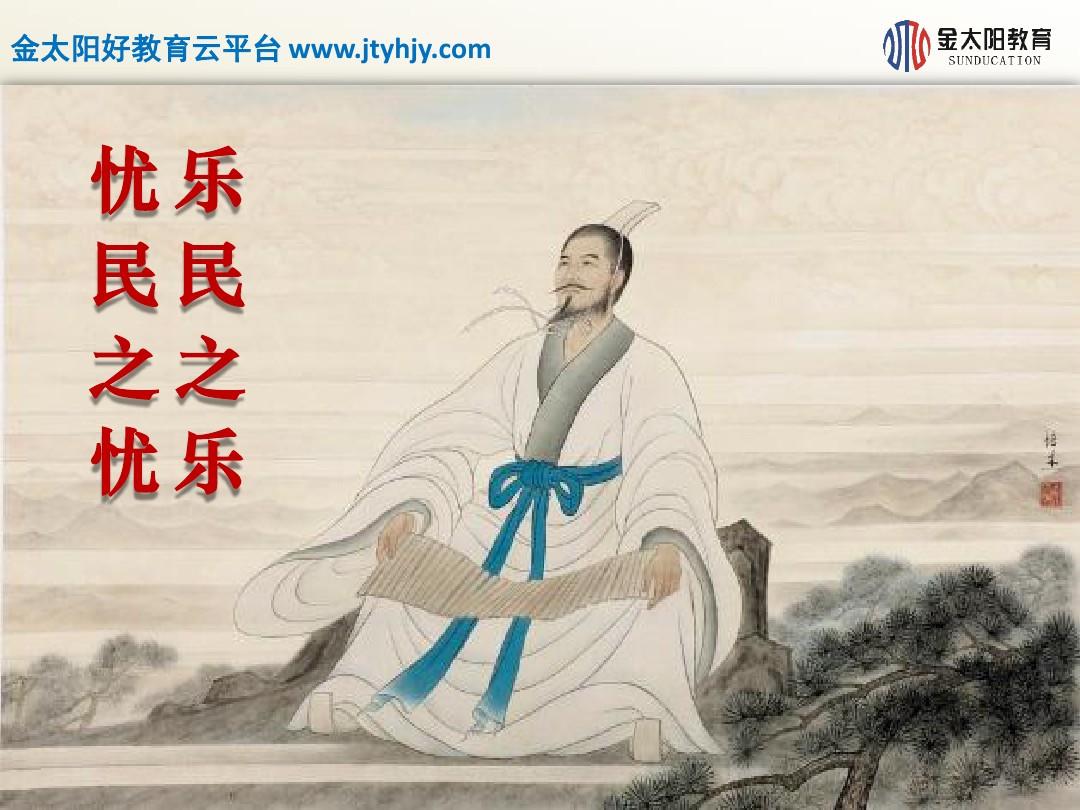
忧民之忧者，民亦忧其忧。